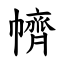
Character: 䶓